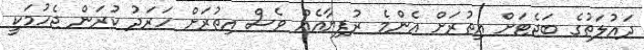
ދައުލަތުގެ ބަޖެޓަށް އިތުރަށް އެންމެ ރުފިޔާއެއް ވެސް އިތުރަށް ހަރަދު ކުރަން ޖެހުމަކީ